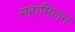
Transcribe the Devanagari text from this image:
महामिलन